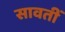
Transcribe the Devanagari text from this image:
सावतीं